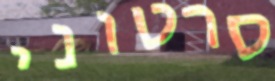
סרטוני